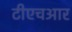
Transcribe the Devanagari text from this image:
टीएचआर